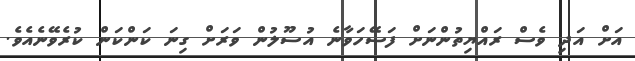
އަށް އަދި ވެސް ރައްޔިތުންނަށް ފަސޭހަވާނެ އުސޫލުން ވަރަށް ގިނަ ކަންކަން ކުރެވޭނެއެވެ.